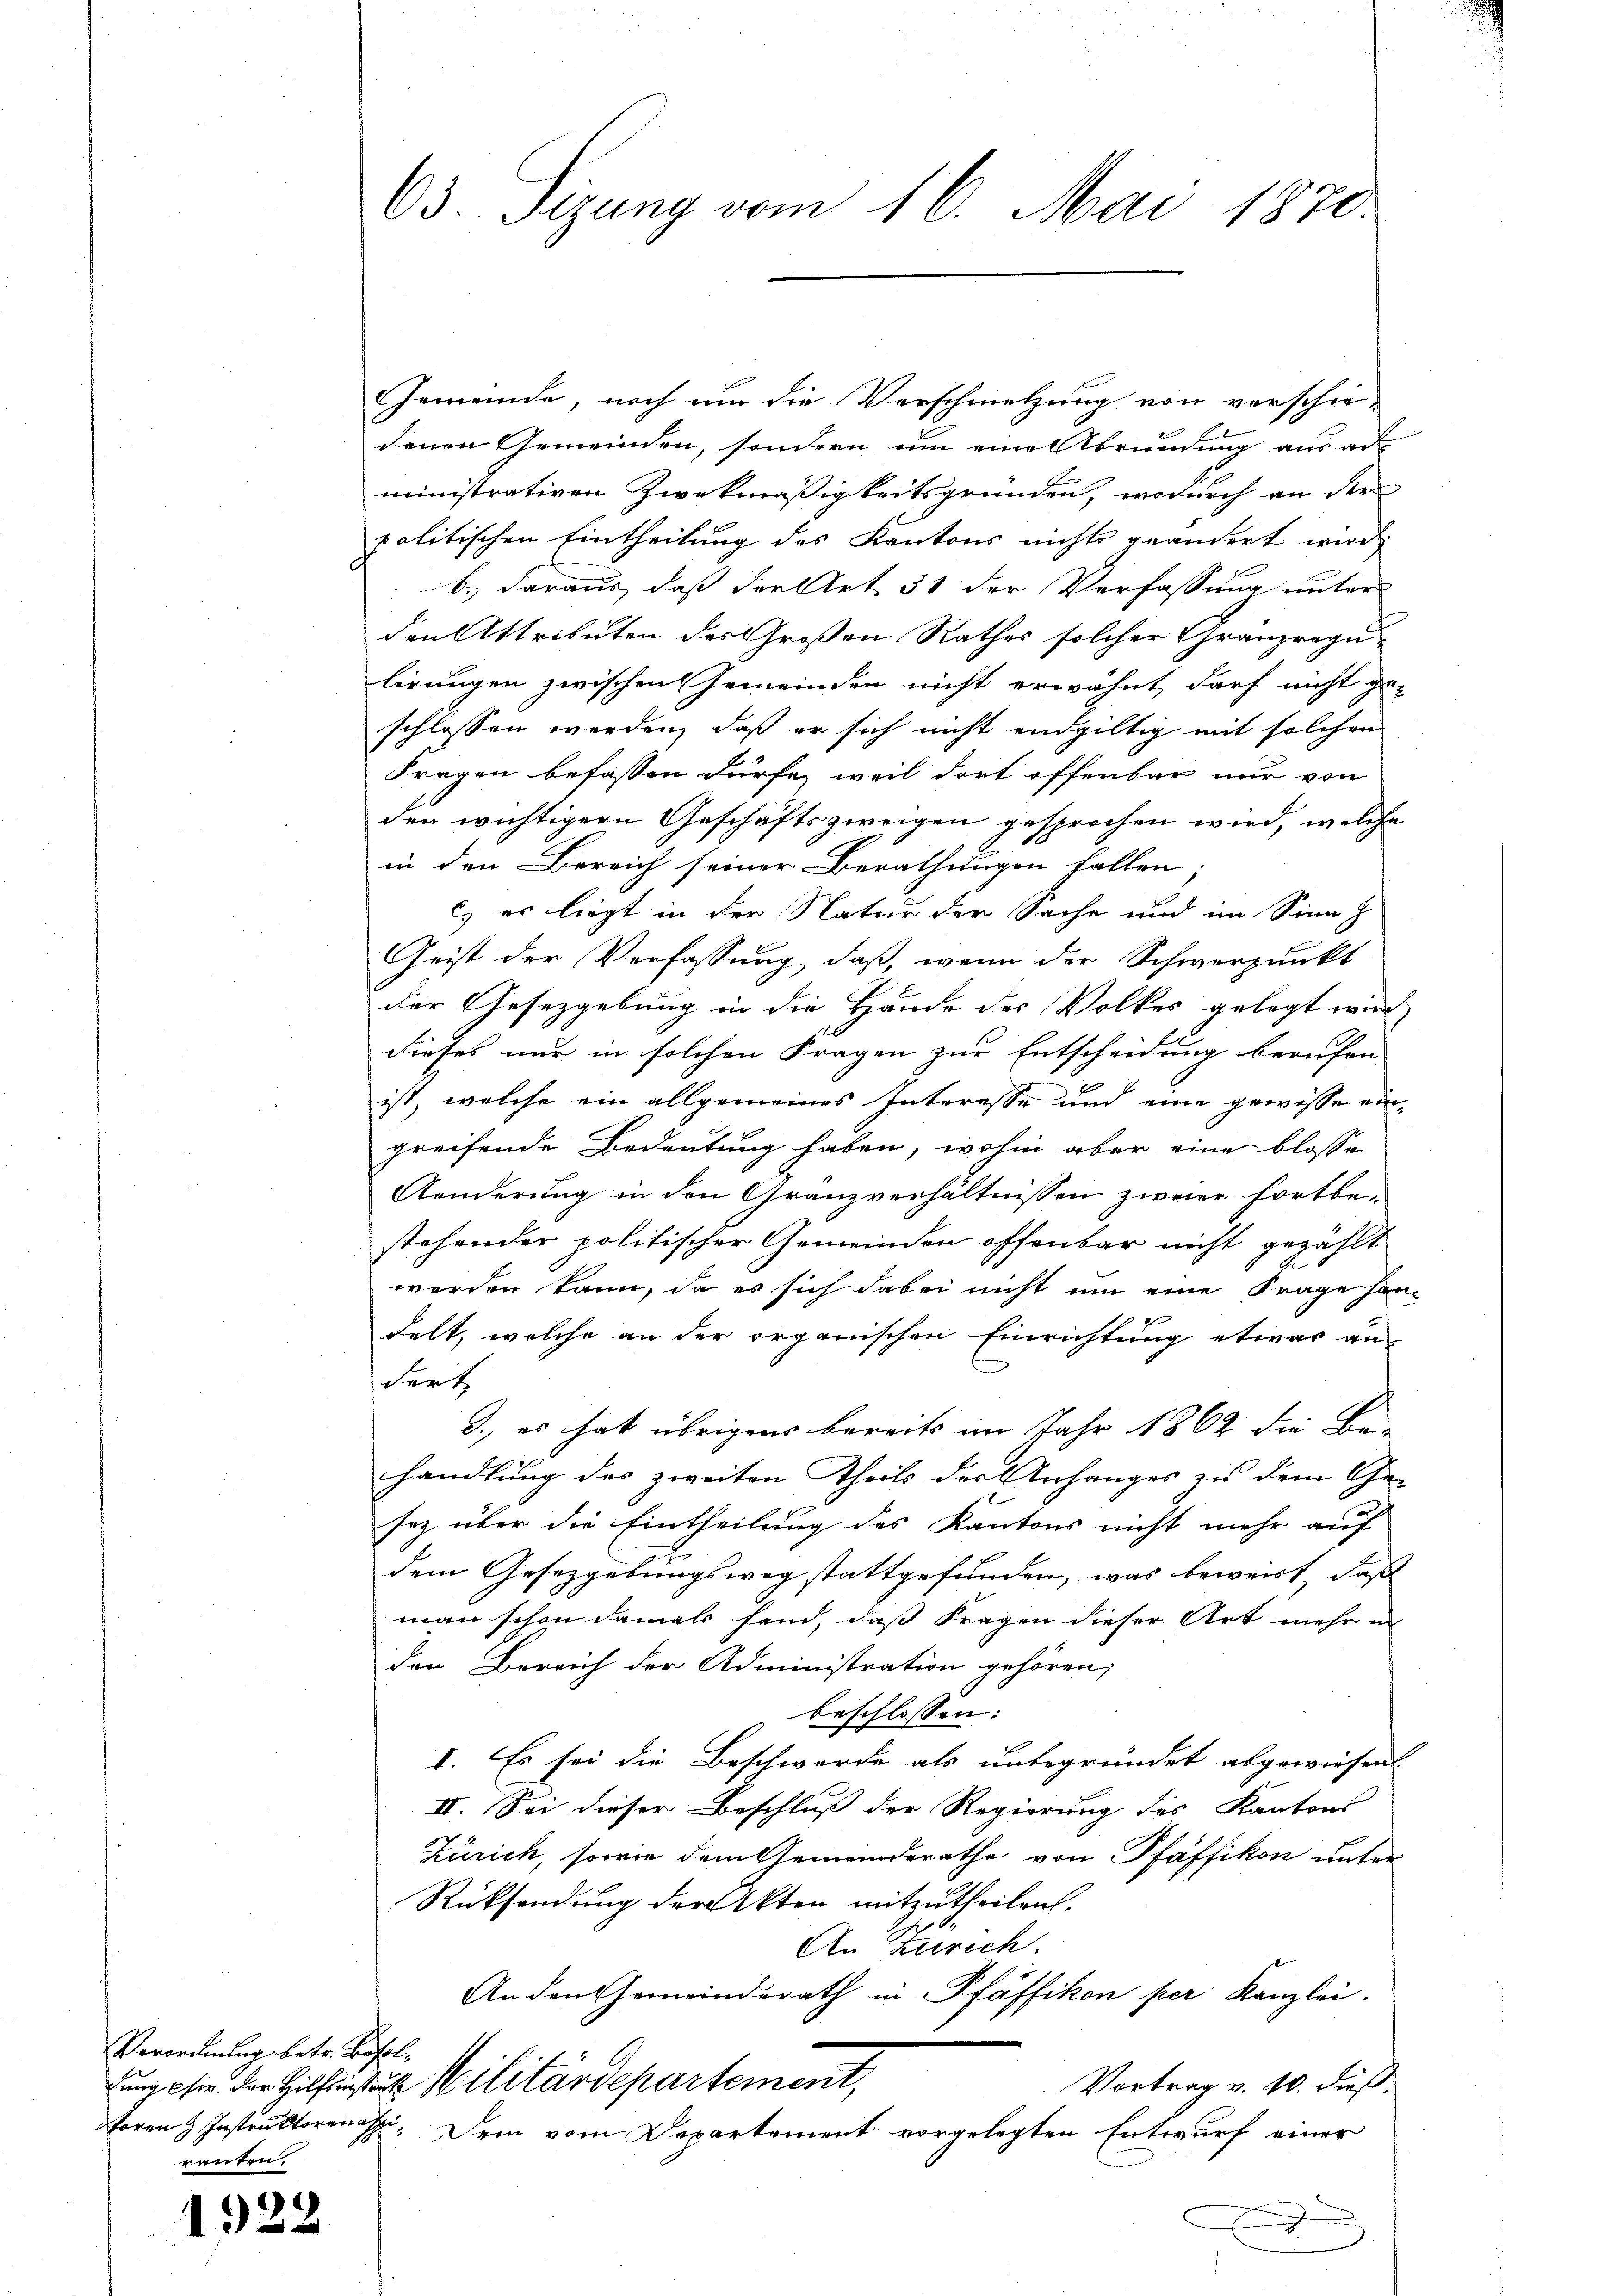
Verordnung betr. Besolforen Instruktorenasci
erten,

1922

63. Sizung vom 16. Mai 1870.

Gemeinde, noch um die Verschmelzung von verschie-
denen Gemeinden, sondern um eine Abrundung aus ad
ministrativen Zweckmäßigkeitsgründen, wodurch an der
politischen Eintheilung des Kantons nichts geändert wird
b.) daraus, daß der Art 51 der Verfassung unter
den Attributen des Großen Rathes solcher Granzregu
lirungen zwischen Gemeinden nicht erwähnt, darf nicht ge-
schlossen werden, daß er sich nicht endgültig mit solchen
Fragen befassen dürfe, weil dort offenbar nur von
den wichtigern Geschäftszweigen gesprochen wird, welche
in den Bereich seiner Berathungen fallen.
l es liegt in der Natur der Sache und im Sinn z
Geist der Verfassung, daß, wenn der Schwerpunkt
der Gesetzgebung in die Hände des Volkes gelegt werd
dieses nur in solchen Fragen zur Entscheidung berufen
ist, welche ein allgemeines Interesse und eine gewisse eingreifende Bedeutung haben, wohin aber eine blosse
Aenderung in den Granzverhältnissen zweier fortbestehender politischer Gemeinden offenbar nicht gezählt
werden kann, da es sich dabei nicht um eine Frage handelt, welche an der organischen Einrichtung etwas an-
dert
3., es hat übrigens bereits im Jahr 1862 die Be-
handlung des zweiten Theils der Anhanges zu dem Ge- |
soz über die Eintheilung des Kantons nicht mehr auf
dem Gesetzgebungsweg stattgefunden, was beweist, daß
man schon damals fand, daß Fragen dieser Art mehr in
den Bereich der Administration gehören;
beschlossen:
I. Es sei die Beschwerde als unbegründet abgewiesen
II. Sei dieser Beschluß der Regierung des Kantons
Zürich, sowie dem Gemeinderathe von Pfäffikon unter-
Rücksendung der Akten mitzutheilen.
An Zürich.
Anden Gemeinderath in Pfäffikon per Kanzlei.
fung er der Hilfel Militärdepartement,
Vortrag v. 10. dieß.
Dem vom Departement vorgelegten Entwurf einer